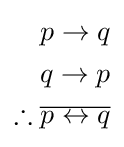
{\begin{aligned}p\rightarrow q\\q\rightarrow p\\\therefore {\overline {p\leftrightarrow q}}\\\end{aligned}}